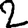
Digit: 2